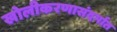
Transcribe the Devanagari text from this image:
खोलीकरणासंदर्भात